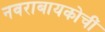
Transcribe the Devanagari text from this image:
नवराबायकोचीं